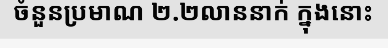
ចំនួនប្រមាណ ២.២លាននាក់ ក្នុងនោះ